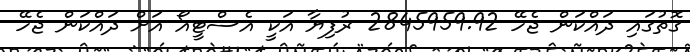
ގޮތުގައި ދައްކަން ޖެހޭ 2845959.92 ރުފިޔާ އަކީ އެސްޓީއޯ އަށް ދައްކަން ޖެހޭ